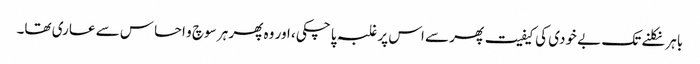
باہر نکلنے تک بے خودی کی کیفیت پھر سے اس پر غلبہ پا چکی، اور وہ پھر ہر سوچ و احساس سے عاری تھا۔